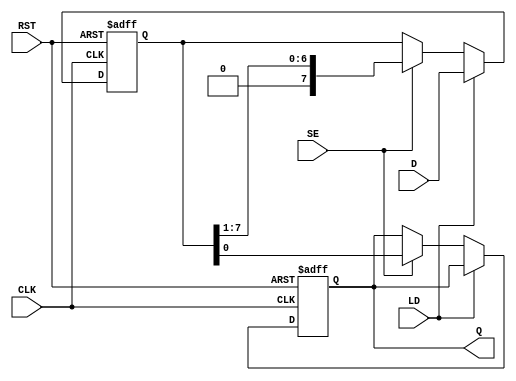
module PISO_Register #(
    parameter WIDTH = 8  // Parameter for the width of the data input
)(
    input wire [WIDTH-1:0] D,  // Parallel data input
    input wire SE,              // Shift Enable
    input wire LD,              // Load
    input wire CLK,             // Clock
    input wire RST,             // Asynchronous Reset
    output reg Q                // Serial output
);

    // Internal storage for the PISO register
    reg [WIDTH-1:0] shift_reg;

    always @(posedge CLK or posedge RST) begin
        if (RST) begin
            // Asynchronous reset
            shift_reg <= {WIDTH{1'b0}}; // Clear all bits to 0
            Q <= 1'b0;                  // Clear serial output
        end else begin
            if (LD) begin
                // Load data into the shift register
                shift_reg <= D;
            end else if (SE) begin
                // Shift operation
                Q <= shift_reg[0];       // Output the LSB
                shift_reg <= {1'b0, shift_reg[WIDTH-1:1]}; // Shift right
            end
        end
    end

endmodule